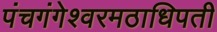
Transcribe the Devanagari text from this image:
पंचगंगेश्वरमठाधिपती